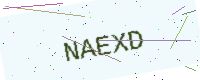
Text: NAEXD